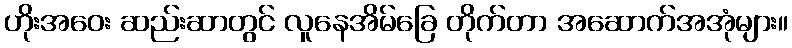
ဟိုးအဝေး ဆည်းဆာတွင် လူနေအိမ်ခြေ တိုက်တာ အဆောက်အအုံများ။